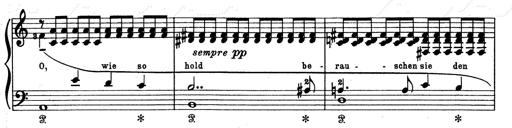
Title: Aus Lohengrin
Composer: Franz Liszt